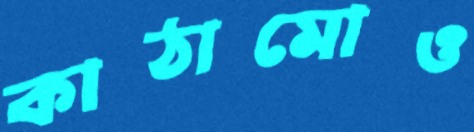
কাঠামোও